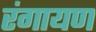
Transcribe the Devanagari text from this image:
रंगायण